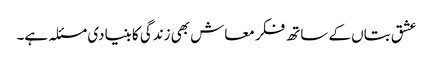
عشق بتاں کے ساتھ فکر معاش بھی زندگی کا بنیادی مسئلہ ہے۔